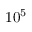
\mathrm { 1 0 ^ { 5 } }